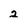
Character: 2